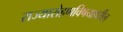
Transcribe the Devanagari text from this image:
राज्यारोहणविषयावरील